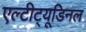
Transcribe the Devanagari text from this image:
एल्‍टीट्यूडिनल